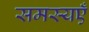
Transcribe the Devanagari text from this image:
समस्यएँ